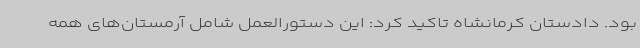
بود. دادستان کرمانشاه تاکید کرد: این دستورالعمل شامل آرمستان‌های همه